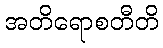
အတိရောစတီတိ